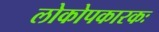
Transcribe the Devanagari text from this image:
लोकोपकारकः